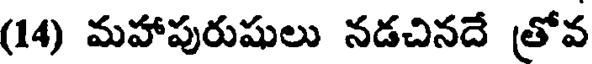
(14) మహాపురుషులు నడచినదే త్రోవ